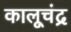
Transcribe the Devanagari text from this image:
कालूचंद्र